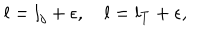
l = l _ { j } + \epsilon , \quad l = l _ { T } + \epsilon ,